Scientific memoirs by medical officers of the Army of India - Part VI,
Year: 1891
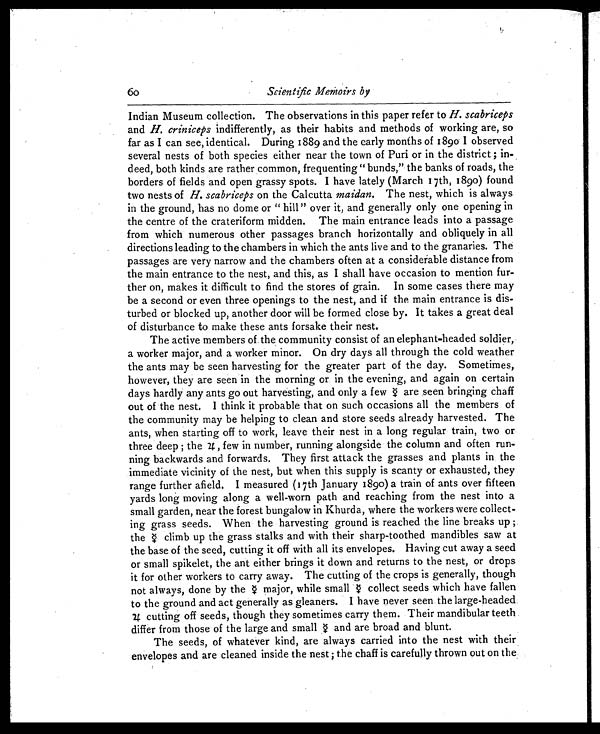
60
Scientific Memoirs by
Indian Museum collection. The observations in this paper refer to H. scabriceps
and H. criniceps indifferently, as their habits and methods of working are, so
far as I can see, identical. During 1889 and the early months of 1890 I observed
several nests of both species either near the town of Puri or in the district ; in-
deed, both kinds are rather common, frequenting " bunds," the banks of roads, the
borders of fields and open grassy spots. I have lately (March 17th, 1890) found
two nests of H. scabriceps on the Calcutta maidan. The nest, which is always
in the ground, has no dome or " hill " over it, and generally only one opening in
the centre of the crateriform midden. The main entrance leads into a passage
from which numerous other passages branch horizontally and obliquely in all
directions leading to the chambers in which the ants live and to the granaries. The
passages are very narrow and the chambers often at a considerable distance from
the main entrance to the nest, and this, as I shall have occasion to mention fur-
ther on, makes it difficult to find the stores of grain. In some cases there may
be a second or even three openings to the nest, and if the main entrance is dis-
turbed or blocked up, another door will be formed close by. It takes a great deal
of disturbance to make these ants forsake their nest.
The active members of the community consist of an elephant-headed soldier,
a worker major, and a worker minor. On dry days all through the cold weather
the ants may be seen harvesting for the greater part of the day. Sometimes,
however, they are seen in the morning or in the evening, and again on certain
days hardly any ants go out harvesting, and only a few ♀ a r e s e e n b r i n g i n g c h a f f
out of the nest, I think it probable that on such occasions all the members of
the community may be helping to clean and store seeds already harvested. The
ants, when starting off to work, leave their nest in a long regular train, two or
three deep ; the 4 , few in number, running alongside the column and often run-
ning backwards and forwards. They first attack the grasses and plants in the
immediate vicinity of the nest, but when this supply is scanty or exhausted, they
range further afield. I measured (17th January 1890) a train of ants over fifteen
yards long moving along a well-worn path and reaching from the nest into a
small garden, near the forest bungalow in Khurda, where the workers were collect-
ing grass seeds. When the harvesting ground is reached the line breaks up ;
the ♀ c l i m b u p t h e g r a s s s t a l k s a n d w i t h t h e i r s h a r p - t o o t h e d m a n d i b l e s s a w a t
the base of the seed, cutting it off with all its envelopes. Having cut away a seed
or small spikelet, the ant either brings it down and returns to the nest, or drops
it for other workers to carry away. The cutting of the crops is generally, though
not always, done by the ♀ major, while small ♀ collect seeds which have fallen
to the ground and act generally as gleaners. I have never seen the large-headed
4 cutting off seeds, though they sometimes carry them. Their mandibular teeth
differ from those of the large and small ♀ and are broad and blunt.
The seeds, of whatever kind, are always carried into the nest with their
envelopes and are cleaned inside the nest ; the chaff is carefully thrown out on the